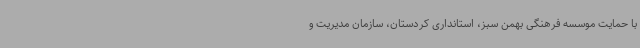
با حمایت موسسه فرهنگی بهمن سبز، استانداری کردستان، سازمان مدیریت و